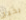
بخير